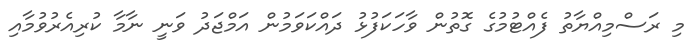
މި ރަސްމިއްޔާތު ފެއްޓުމުގެ ގޮތުން ވާހަކަފުޅު ދައްކަވަމުން އަމްޖަދު ވަނީ ނާމާ ކުރިއެރުވުމާއި